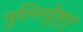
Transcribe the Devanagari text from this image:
पुल्लिट्टेष़ुत्तु